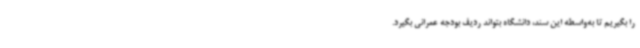
را بگیریم تا به‌واسطه این سند، دانشگاه بتواند ردیف بودجه عمرانی بگیرد.